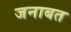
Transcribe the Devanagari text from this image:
जनाबत